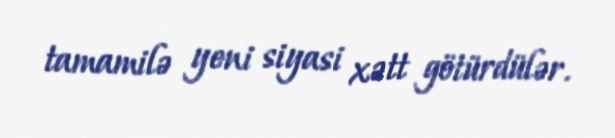
tamamilə yeni siyasi xətt götürdülər.